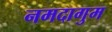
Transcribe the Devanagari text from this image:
नमदागुम